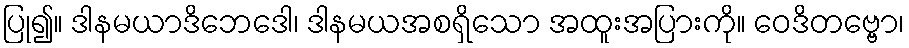
ပြု၍။ ဒါနမယာဒိဘေဒေါ၊ ဒါနမယအစရှိသော အထူးအပြားကို။ ဝေဒိတဗ္ဗော၊